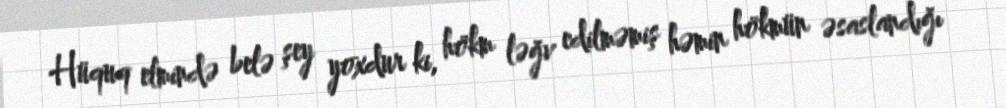
Hüquq elmində belə şey yoxdur ki, hökm ləğv edilməmiş həmin hökmün əsaslandığı